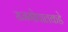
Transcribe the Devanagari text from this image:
राजगोपालकडे